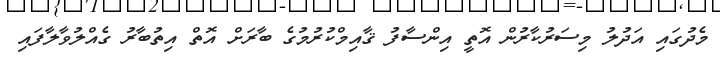
މެދުގައި އަދުލު މިސަރުކާރުން އޮތީ އިންސާފު ޤާއިމްކުރުމުގެ ބާރަށް އޮތް އިތުބާރު ގެއްލުވާލާފައި